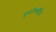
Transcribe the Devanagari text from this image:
पुनःरिकॉर्डिड